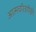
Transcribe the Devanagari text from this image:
आत्मचरित्रांपैकी